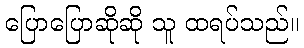
ပြောပြောဆိုဆို သူ ထရပ်သည်။